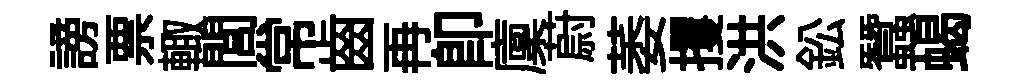
謗票輙閭常齒再卽廩蔚萎攫洪鈆蠶蝎